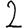
Digit: 2